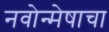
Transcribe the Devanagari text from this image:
नवोन्मेषाचा